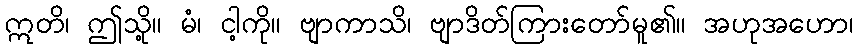
ဣတိ၊ ဤသို့။ မံ၊ ငါ့ကို။ ဗျာကာသိ၊ ဗျာဒိတ်ကြားတော်မူ၏။ အဟုအဟော၊